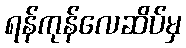
ရန်ကုန်လေဆိပ်မှ